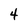
Character: 4